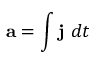
\mathbf { a } = \int \mathbf { j } \ d t